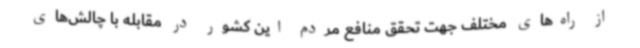
از راه‌های مختلف جهت تحقق منافع مردم این کشور در مقابله با چالش‌های